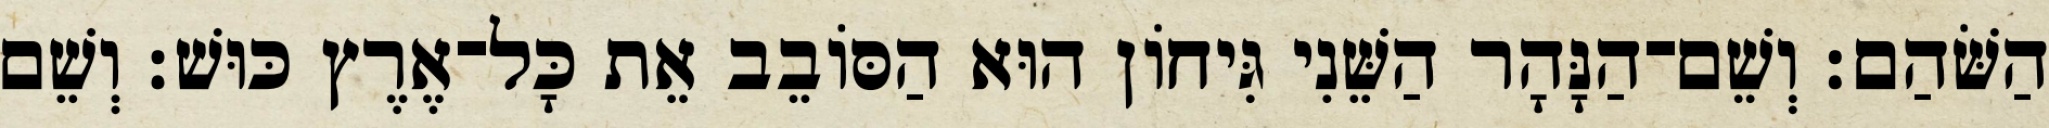
הַשֹּׁהַם׃ וְשֵׁם־הַנָּהָר הַשֵּׁנִי גִּיחֹון הוּא הַסֹּובֵב אֵת כָּל־אֶרֶץ כּוּשׁ׃ וְשֵׁם